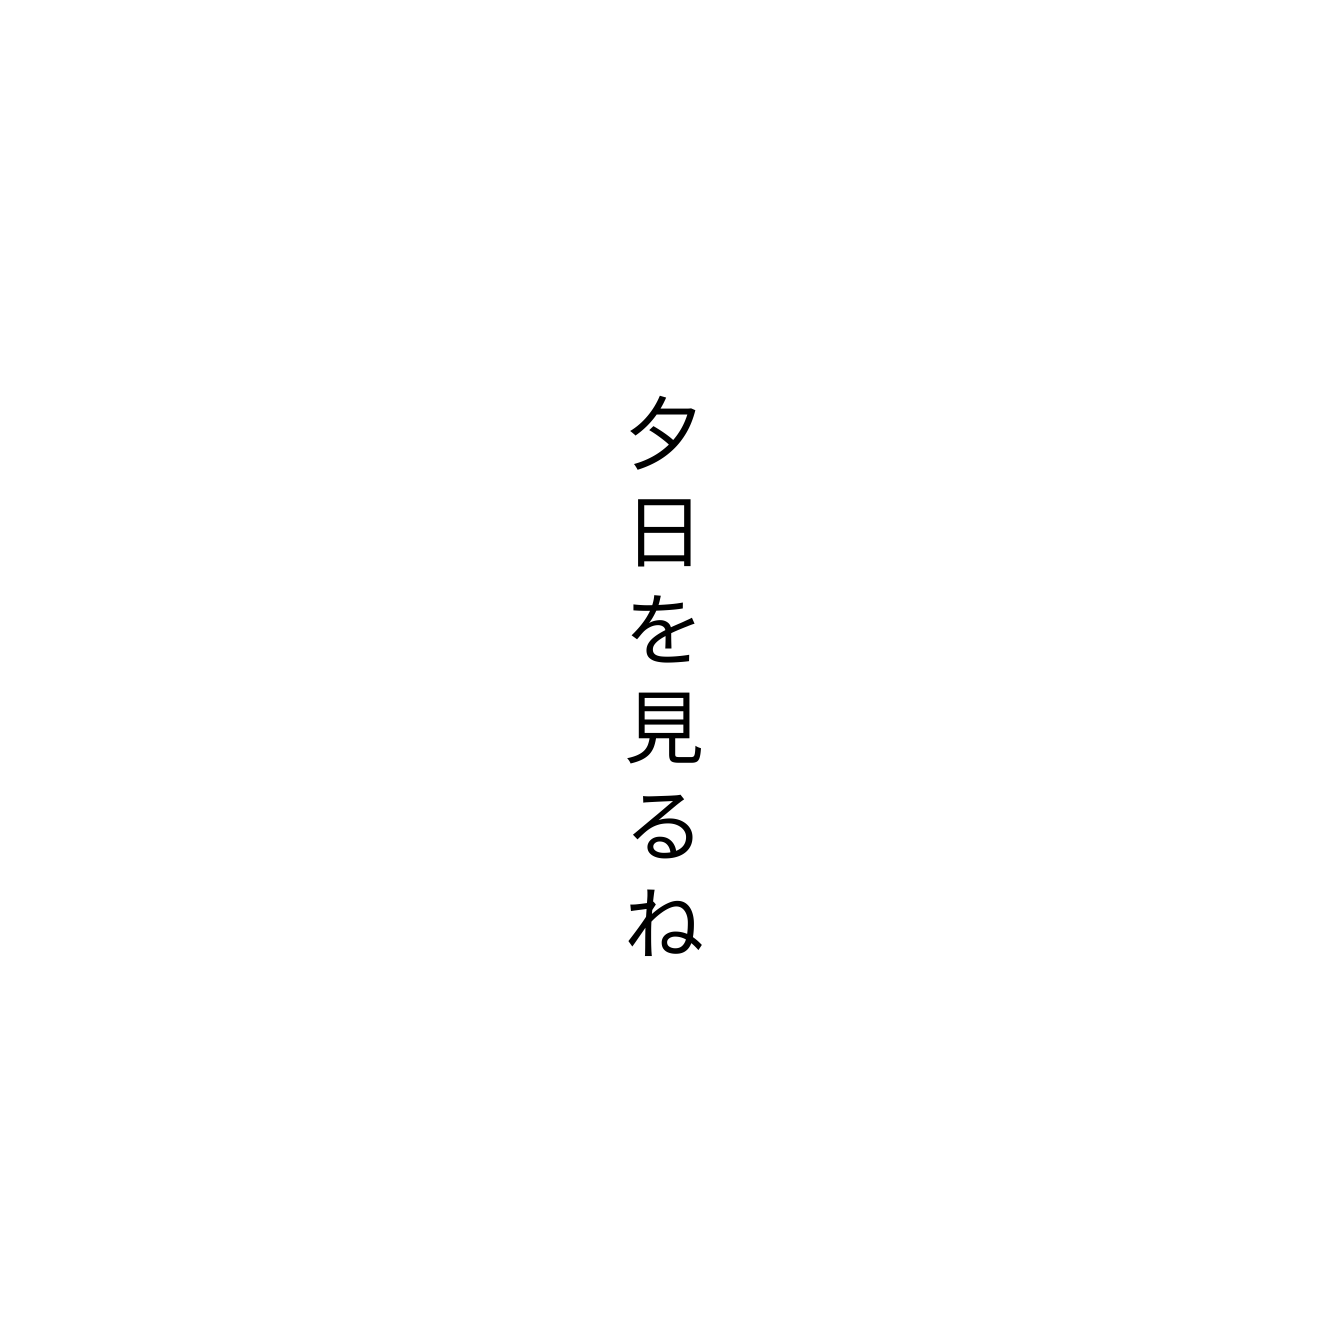
夕日を見るね